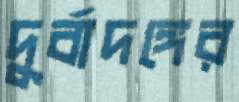
দুর্বাদঙ্গের